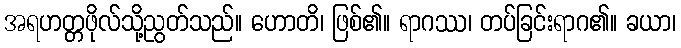
အရဟတ္တဖိုလ်သို့ညွတ်သည်။ ဟောတိ၊ ဖြစ်၏။ ရာဂဿ၊ တပ်ခြင်းရာဂ၏။ ခယာ၊